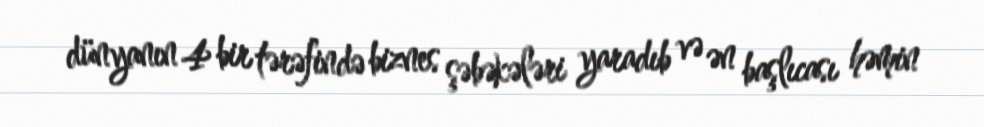
dünyanın 4 bir tərəfində biznes şəbəkələri yaradıb və ən başlıcası həmin